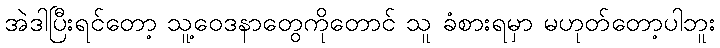
အဲဒါပြီးရင်တော့ သူ့ဝေဒနာတွေကိုတောင် သူ ခံစားရမှာ မဟုတ်တော့ပါဘူး